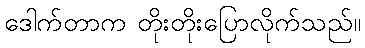
ဒေါက်တာက တိုးတိုးပြောလိုက်သည်။